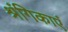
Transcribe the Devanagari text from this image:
श्रंगिकाएं